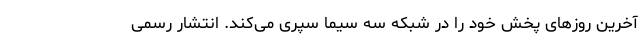
آخرین روزهای پخش خود را در شبکه سه سیما سپری می‌کند. انتشار رسمی